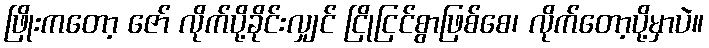
ဖြိုးကတော့ ဇော် လိုက်ပို့ခိုင်းလျှင် ငြိုငြင်စွာဖြစ်စေ၊ လိုက်တော့ပို့မှာပဲ။